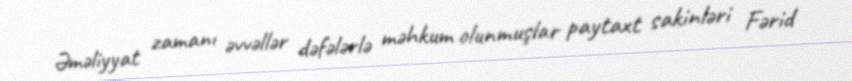
Əməliyyat zamanı əvvəllər dəfələrlə məhkum olunmuşlar paytaxt sakinləri Fərid